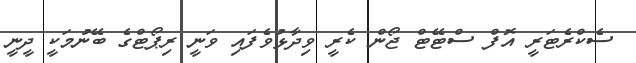
ސެކްރެޓަރީ އޮފް ސްޓޭޓް ޖޯން ކެރީ ވިދާޅުވެފައި ވަނީ ރިޕޯޓްގެ ބޭނުމަކީ ދީނީ